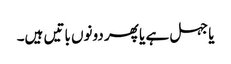
یا جہل ہے یا پھر دونوں باتیں ہیں۔